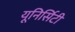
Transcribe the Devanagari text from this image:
यूनिर्सिटी